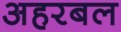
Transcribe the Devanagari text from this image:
अहरबल